Annual statistical returns and brief notes on vaccination in Bengal - 1896-1909
Year: 1896
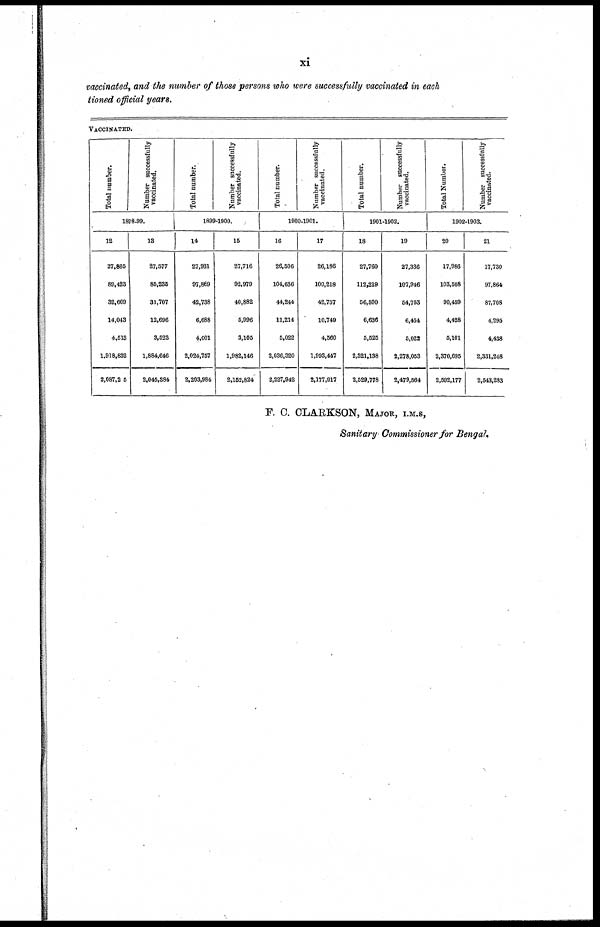
xi
vaccinated, and the number of those persons who were successfully vaccinated in each
tioned official years.
VACCINATED.
Total number.
Number successfully
vaccinated.
1898-99.
12
27,865
89,423
32,609
14,043
4,513
1,918,832
2,087,2 5
13
27,577
85,235
31,707
12,696
3,523
1,884,646
2,045,384
Total number.
Number successfully
vaccinated.
1899-1900.
14
27,931
97,869
42,738
6,688
4,001
2,024,757
2,203,984
15
27,716
92,979
40,882
5,996
3,105
1,982,146
2,152,824
Total number.
Number successfully
vaccinated.
1900-1901.
16
26,506
104,636
44,244
11,214
5,022
2,036,320
2,227,942
17
26,186
100,218
42,757
10,749
4,560
1,993,447
2,177,917
Total number.
Number successfully
vaccinated.
1901-1902.
18
27,760
112,219
56,500
6,636
5,525
2,321,138
2,529,778
19
27,336
107,946
54,763
6,454
5,022
2,278,053
2,479,564
Total Number.
Number successfully
vaccinated.
1902-1903.
20
17,986
103,508
90,459
4,428
5,101
2,370,695
2,592,177
21
17,730
97,864
87,708
4,295
4,438
2,331,248
2,543,283
F. C. CLARKSON, MAJOR, I.M.S,
Sanitary Commissioner for Bengal.